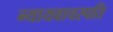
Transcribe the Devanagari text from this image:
न्यायवाचस्पति